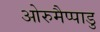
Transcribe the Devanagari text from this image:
ओरुमैप्पाडु